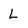
Character: L